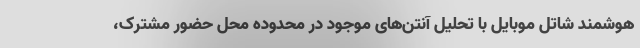
هوشمند شاتل موبایل با تحلیل آنتن‌های موجود در محدوده محل حضور مشترک،